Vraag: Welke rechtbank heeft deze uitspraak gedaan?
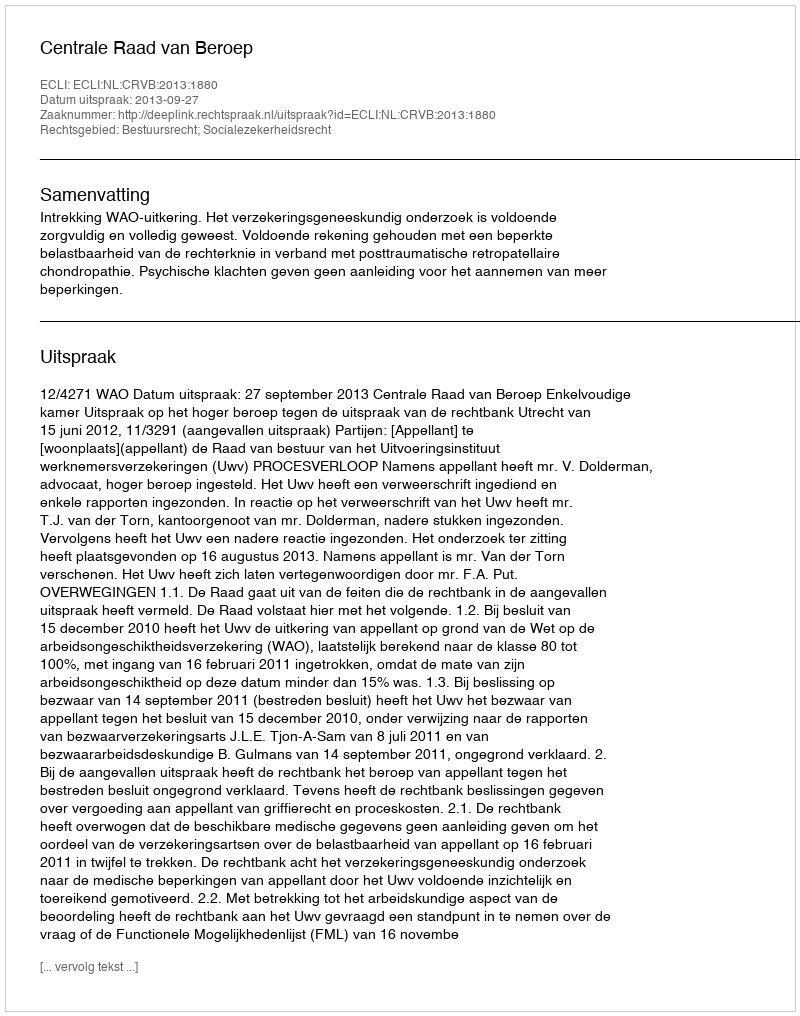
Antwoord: Centrale Raad van Beroep